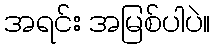
အရင်း အမြစ်ပါပဲ။